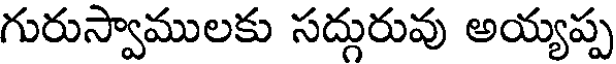
గురుస్వాములకు సద్గురువు అయ్యప్ప